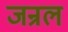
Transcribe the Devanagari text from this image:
जन्रल